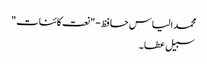
محمد الیاس حافظ - "نعت کائنات"
سبیل عطا ۔